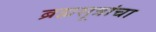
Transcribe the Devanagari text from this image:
ब्रह्मसूत्रांचा